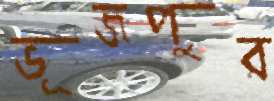
ভূজপুর